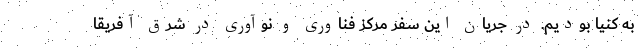
به کنیا بودیم. در جریان این سفر مرکز فناوری و نوآوری در شرق آفریقا